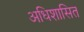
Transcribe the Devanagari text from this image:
अधिशासित